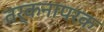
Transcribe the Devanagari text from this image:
तर्कनापरक